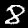
Digit: 8